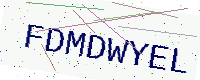
Text: FDMDWYEL